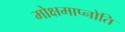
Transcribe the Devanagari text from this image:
मोक्षमाप्नोति